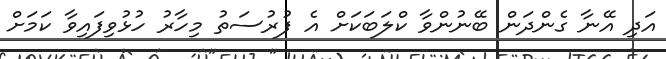
އަދި އޭނާ ގެންދަން ބޭނުންވާ ކްލަބަކަށް އެ ފުރުސަތު މިހާރު ހުޅުވިފައިވާ ކަމަށް